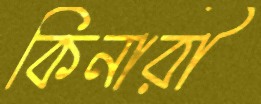
কিনারী